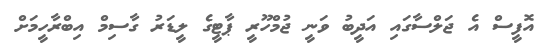
އޮފީސް އެ ޖަލްސާގައި އަދީބު ވަނީ ޖުމްހޫރީ ޕާޓީގެ ލީޑަރު ގާސިމް އިބްރާހީމަށް